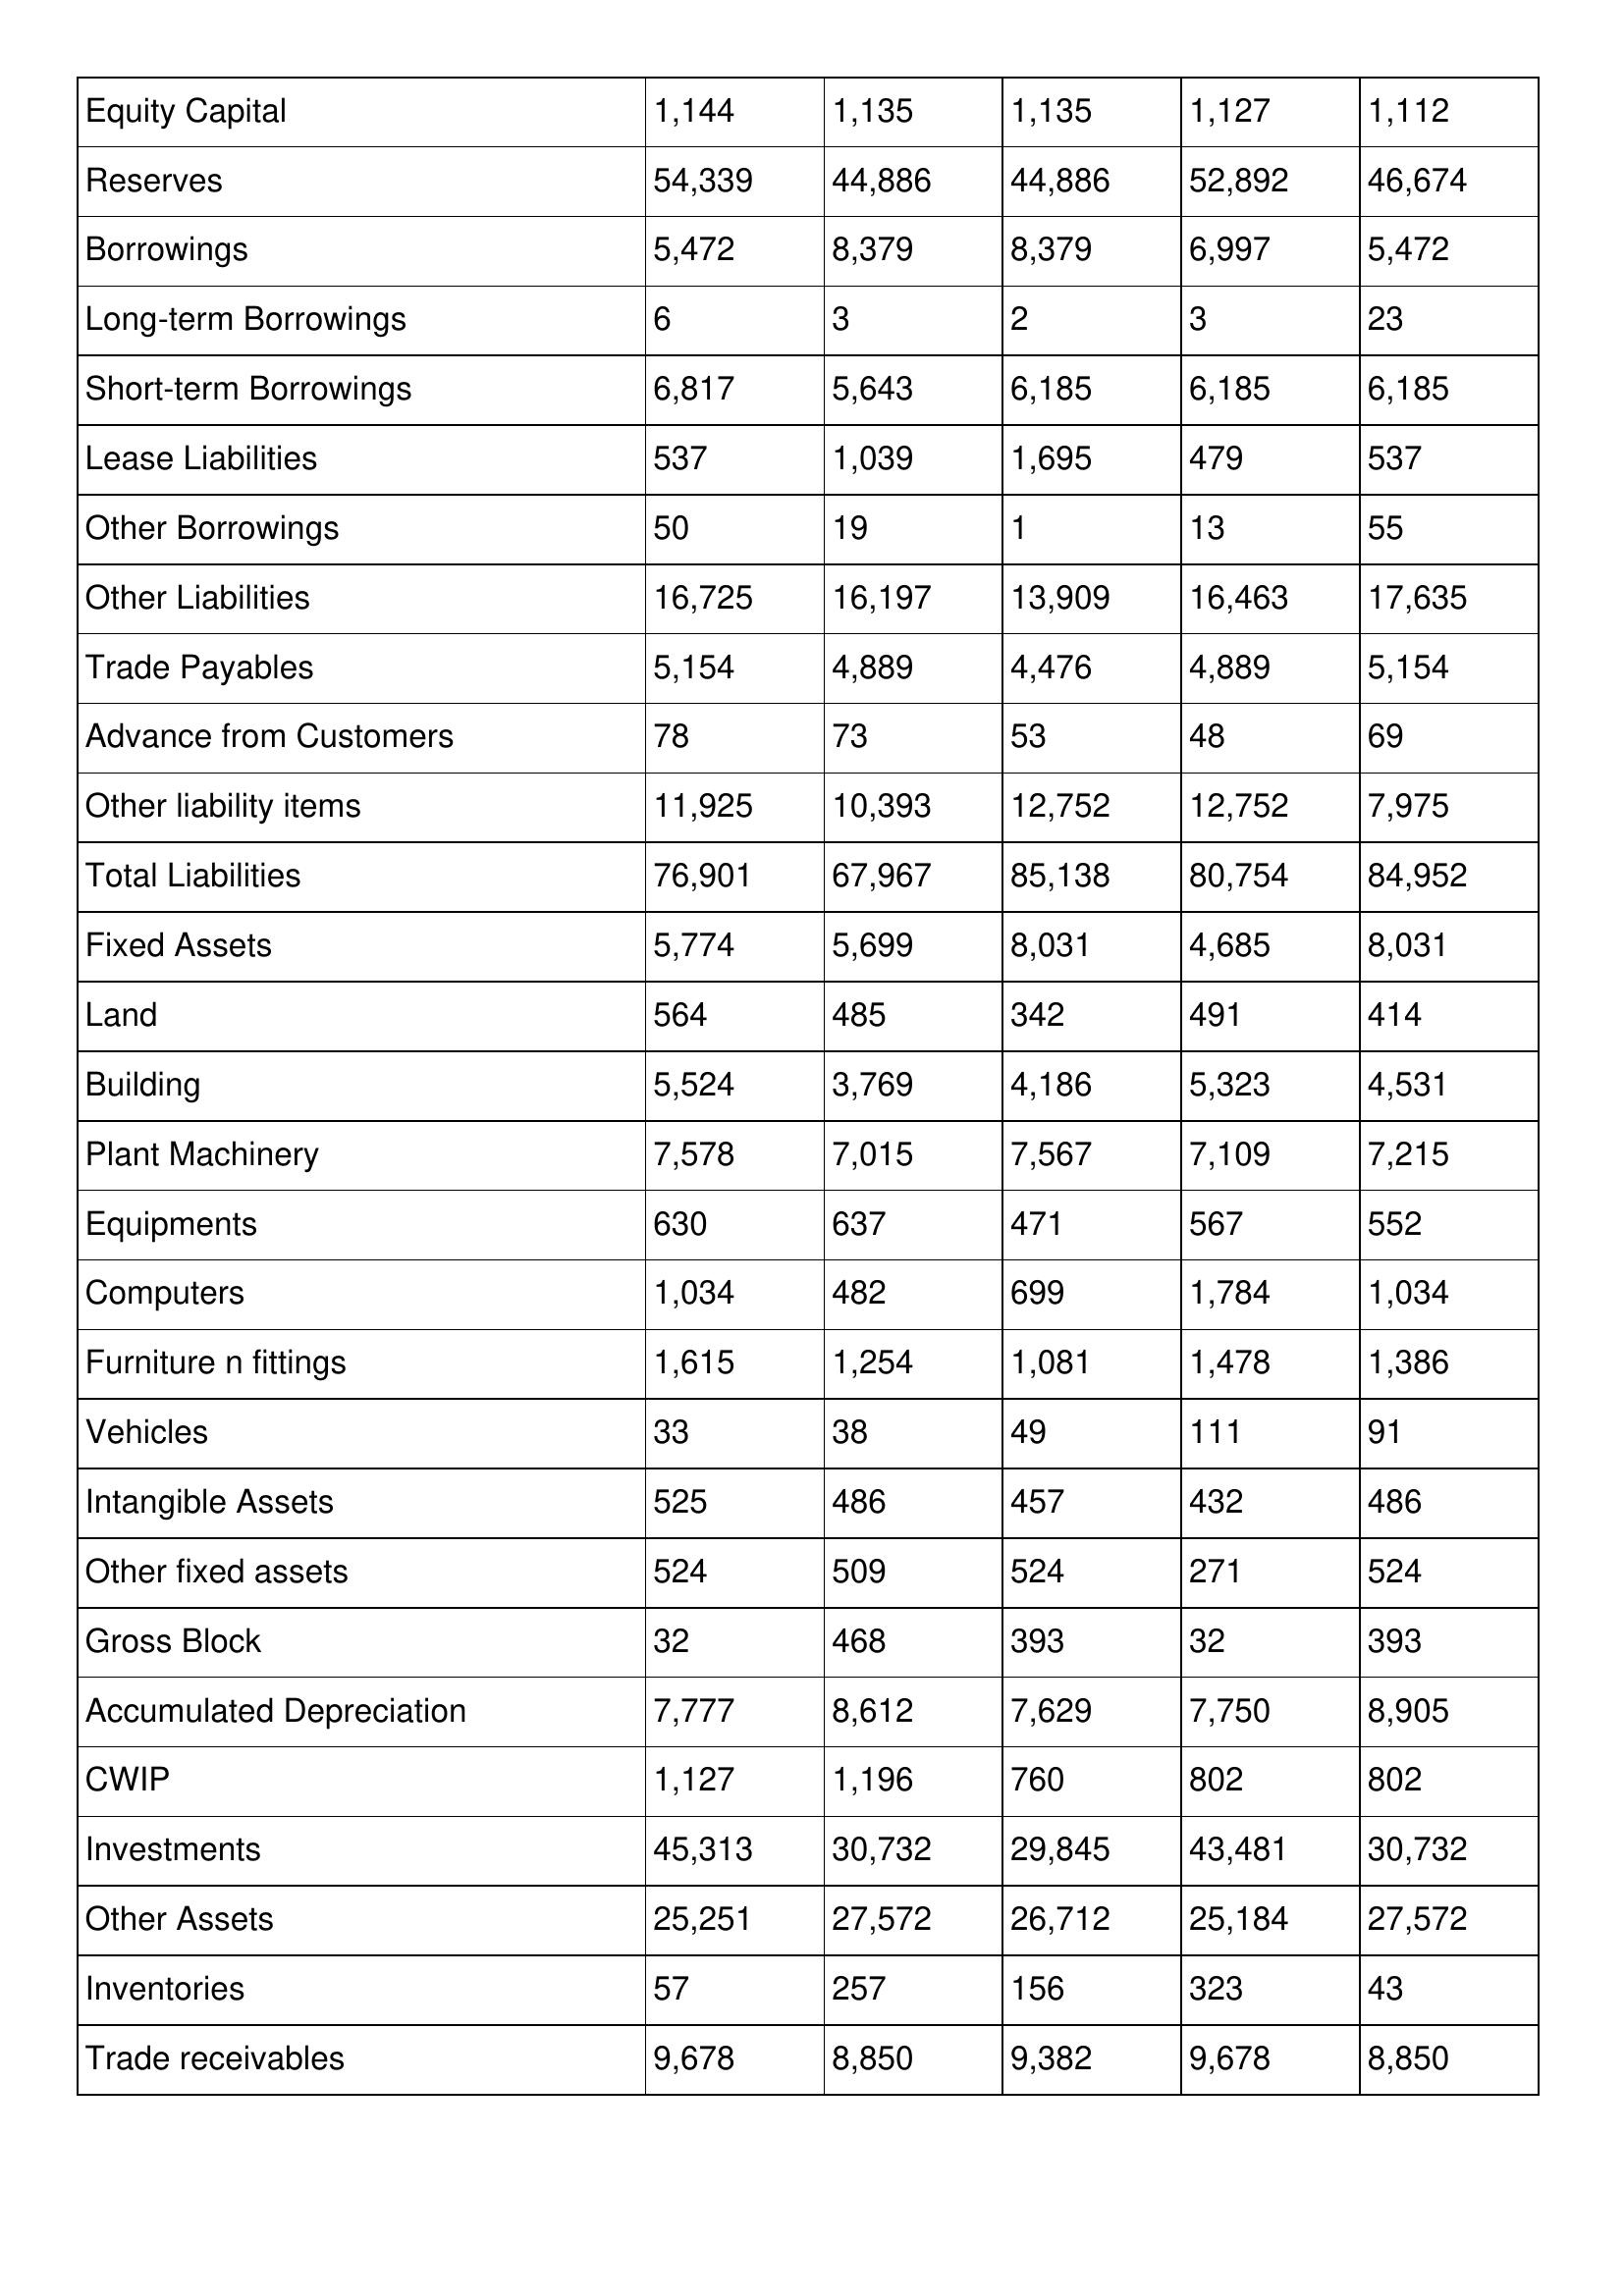
gt_parse: 2000: Balance Sheet: Equity Capital: 1,144
Reserves: 54,339
Borrowings: 5,472
Long-term Borrowings: 6
Short-term Borrowings: 6,817
Lease Liabilities: 537
Other Borrowings: 50
Other Liabilities: 16,725
Trade Payables: 5,154
Advance from Customers: 78
Other liability items: 11,925
Total Liabilities: 76,901
Fixed Assets: 5,774
Land: 564
Building: 5,524
Plant Machinery: 7,578
Equipments: 630
Computers: 1,034
Furniture n fittings: 1,615
Vehicles: 33
Intangible Assets: 525
Other fixed assets: 524
Gross Block: 32
Accumulated Depreciation: 7,777
CWIP: 1,127
Investments: 45,313
Other Assets: 25,251
Inventories: 57
Trade receivables: 9,678
1999: Balance Sheet: Equity Capital: 1,135
Reserves: 44,886
Borrowings: 8,379
Long-term Borrowings: 3
Short-term Borrowings: 5,643
Lease Liabilities: 1,039
Other Borrowings: 19
Other Liabilities: 16,197
Trade Payables: 4,889
Advance from Customers: 73
Other liability items: 10,393
Total Liabilities: 67,967
Fixed Assets: 5,699
Land: 485
Building: 3,769
Plant Machinery: 7,015
Equipments: 637
Computers: 482
Furniture n fittings: 1,254
Vehicles: 38
Intangible Assets: 486
Other fixed assets: 509
Gross Block: 468
Accumulated Depreciation: 8,612
CWIP: 1,196
Investments: 30,732
Other Assets: 27,572
Inventories: 257
Trade receivables: 8,850
1998: Balance Sheet: Equity Capital: 1,135
Reserves: 44,886
Borrowings: 8,379
Long-term Borrowings: 2
Short-term Borrowings: 6,185
Lease Liabilities: 1,695
Other Borrowings: 1
Other Liabilities: 13,909
Trade Payables: 4,476
Advance from Customers: 53
Other liability items: 12,752
Total Liabilities: 85,138
Fixed Assets: 8,031
Land: 342
Building: 4,186
Plant Machinery: 7,567
Equipments: 471
Computers: 699
Furniture n fittings: 1,081
Vehicles: 49
Intangible Assets: 457
Other fixed assets: 524
Gross Block: 393
Accumulated Depreciation: 7,629
CWIP: 760
Investments: 29,845
Other Assets: 26,712
Inventories: 156
Trade receivables: 9,382
1997: Balance Sheet: Equity Capital: 1,127
Reserves: 52,892
Borrowings: 6,997
Long-term Borrowings: 3
Short-term Borrowings: 6,185
Lease Liabilities: 479
Other Borrowings: 13
Other Liabilities: 16,463
Trade Payables: 4,889
Advance from Customers: 48
Other liability items: 12,752
Total Liabilities: 80,754
Fixed Assets: 4,685
Land: 491
Building: 5,323
Plant Machinery: 7,109
Equipments: 567
Computers: 1,784
Furniture n fittings: 1,478
Vehicles: 111
Intangible Assets: 432
Other fixed assets: 271
Gross Block: 32
Accumulated Depreciation: 7,750
CWIP: 802
Investments: 43,481
Other Assets: 25,184
Inventories: 323
Trade receivables: 9,678
1996: Balance Sheet: Equity Capital: 1,112
Reserves: 46,674
Borrowings: 5,472
Long-term Borrowings: 23
Short-term Borrowings: 6,185
Lease Liabilities: 537
Other Borrowings: 55
Other Liabilities: 17,635
Trade Payables: 5,154
Advance from Customers: 69
Other liability items: 7,975
Total Liabilities: 84,952
Fixed Assets: 8,031
Land: 414
Building: 4,531
Plant Machinery: 7,215
Equipments: 552
Computers: 1,034
Furniture n fittings: 1,386
Vehicles: 91
Intangible Assets: 486
Other fixed assets: 524
Gross Block: 393
Accumulated Depreciation: 8,905
CWIP: 802
Investments: 30,732
Other Assets: 27,572
Inventories: 43
Trade receivables: 8,850